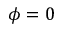
\phi = 0